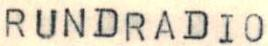
RUNDRADIO